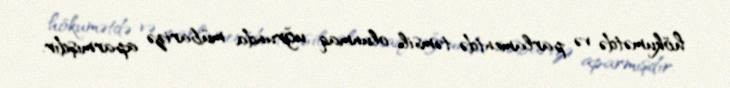
hökumətdə və parlamentdə təmsil olunmaq uğrunda mübarizə aparmışdır.